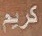
كريم